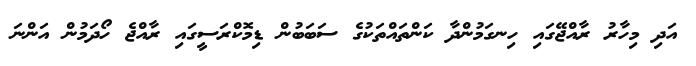
އަދި މިހާރު ރާއްޖޭގައި ހިނގަމުންދާ ކަންތައްތަކުގެ ސަބަބުން ޑިމޮކްރަސީގައި ރާއްޖެ ހޯދަމުން އަންނަ